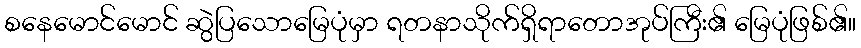
စနေမောင်မောင် ဆွဲပြသောမြေပုံမှာ ရတနာသိုက်ရှိရာတောအုပ်ကြီး၏ မြေပုံဖြစ်၏။